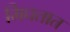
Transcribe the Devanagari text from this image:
मिघतात